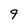
Character: 9